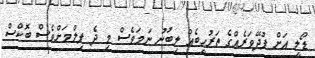
ޑޯލީ އަށް ފުދޭވަރެއްގެ ތަރުޙީބެއް ލިބުނު ނަމަވެސް މި ދެ ފިލްމަށްވެސް ބޮކްސް